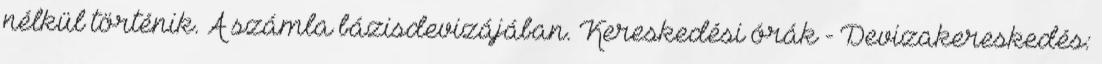
nélkül történik. A számla bázisdevizájában. Kereskedési órák - Devizakereskedés: